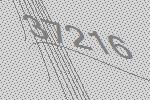
37216